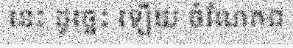
នេះ ដូច្នេះ ឡើយ ចំណែកឯ